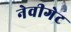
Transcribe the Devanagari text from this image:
नेवीगेट